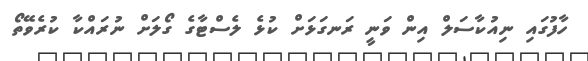
ހާފުގައި ނިއުކާސަލް އިން ވަނީ ރަނގަޅަށް ކުޅެ ލެސްޓާގެ ގޯލަށް ނުރައްކާ ކުރެވޭތޯ